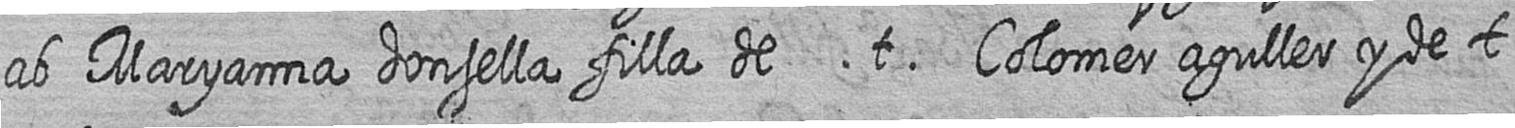
ab Maryanna donsella filla de t Colomer aguller y de t